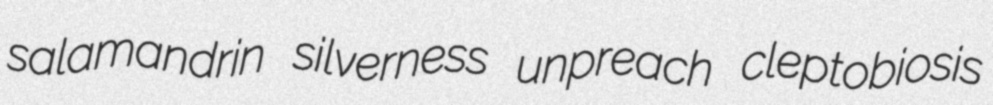
salamandrin silverness unpreach cleptobiosis